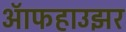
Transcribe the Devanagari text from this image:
ऑफहाउझर